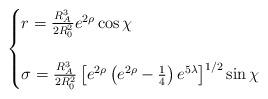
LaTeX: \begin{align*}\begin{cases} r=\frac{R_A^3}{2R_0^2}e^{2\rho}\cos \chi \\ \\ \sigma=\frac{R_A^3}{2R_0^2}\left[e^{2\rho}\left(e^{2\rho}-\frac{1}{4}\right) e^{5\lambda}\right]^{1/2}\sin \chi\end{cases}\end{align*}